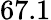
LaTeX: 67.1